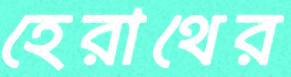
হেরাথের